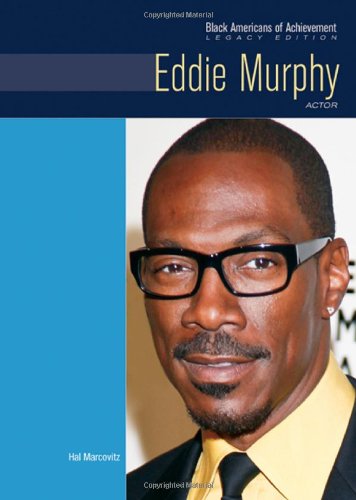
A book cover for Eddie Murphy: Actor; Legacy Edition (Black Americans of Achievement); Hal Marcovitz; Teen & Young Adult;